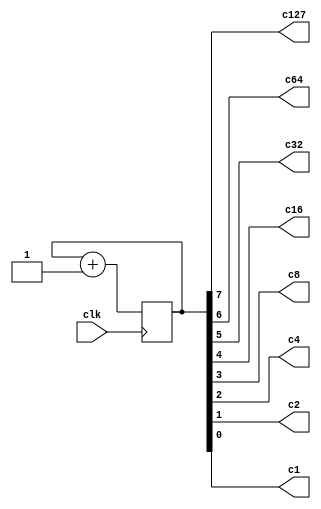
// Contador ascendente 4 bits

module S3A2 (clk, c127, c64, c32, c16, c8, c4, c2, c1);
input clk;
output c127, c64, c32, c16, c8, c4, c2, c1;
reg [7:0] count;
initial begin
count = 0;
end
always @(posedge clk) begin
count = count + 8'b00000001;
end
assign c127 = count[7];
assign c64 = count[6];
assign c32 = count[5];
assign c16 = count[4];
assign c8 = count[3];
assign c4 = count[2];
assign c2 = count[1];
assign c1 = count[0];
endmodule